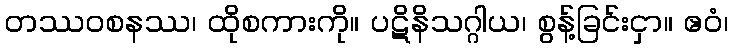
တဿဝစနဿ၊ ထိုစကားကို။ ပဋိနိသဂ္ဂါယ၊ စွန့်ခြင်းငှာ။ ဧဝံ၊